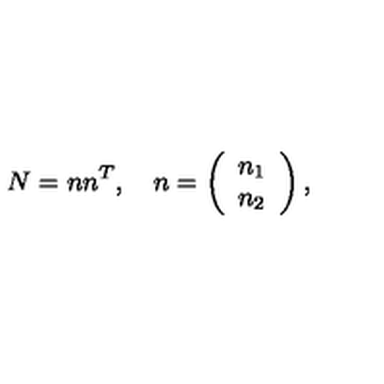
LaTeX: N = n n ^ { T } , \quad n = \left( \begin{array} { c } { n _ { 1 } } \\ { n _ { 2 } } \\ \end{array} \right) ,